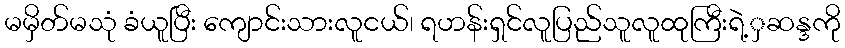
မမှိတ်မသုံ ခံယူပြီး ကျောင်းသားလူငယ်၊ ရဟန်းရှင်လူပြည်သူလူထုကြီးရဲ့ှဆန္ဒကို